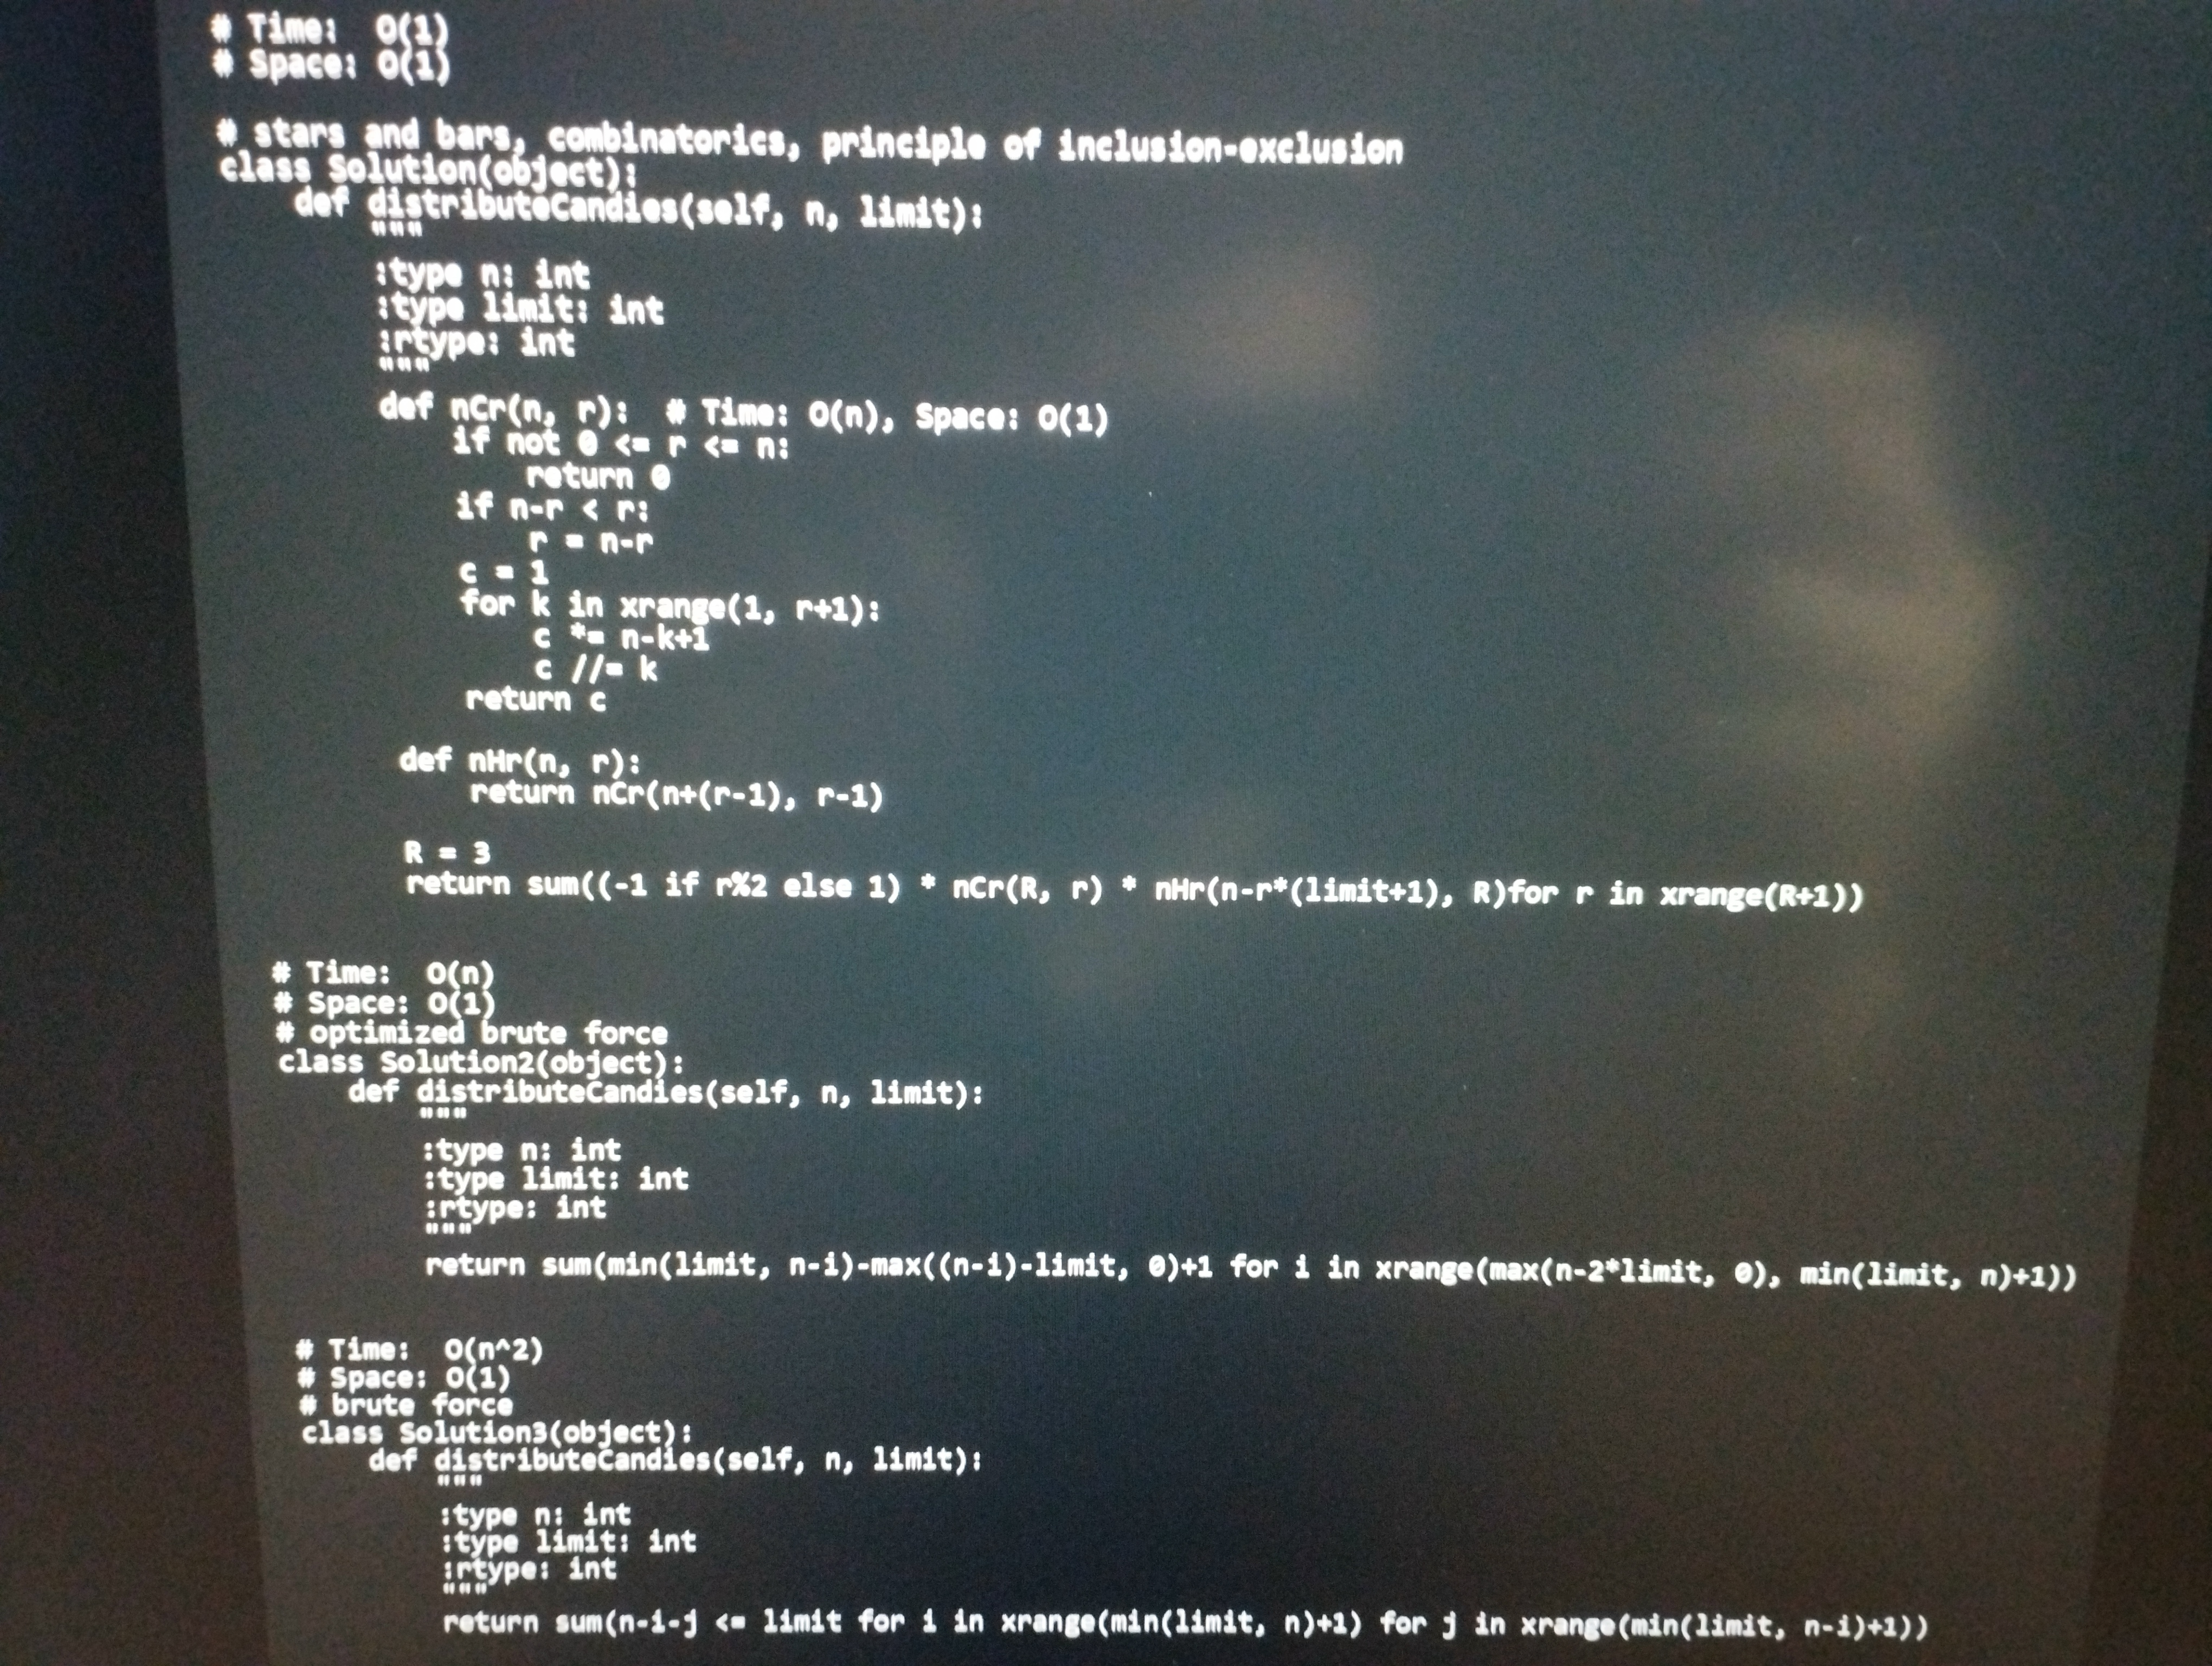
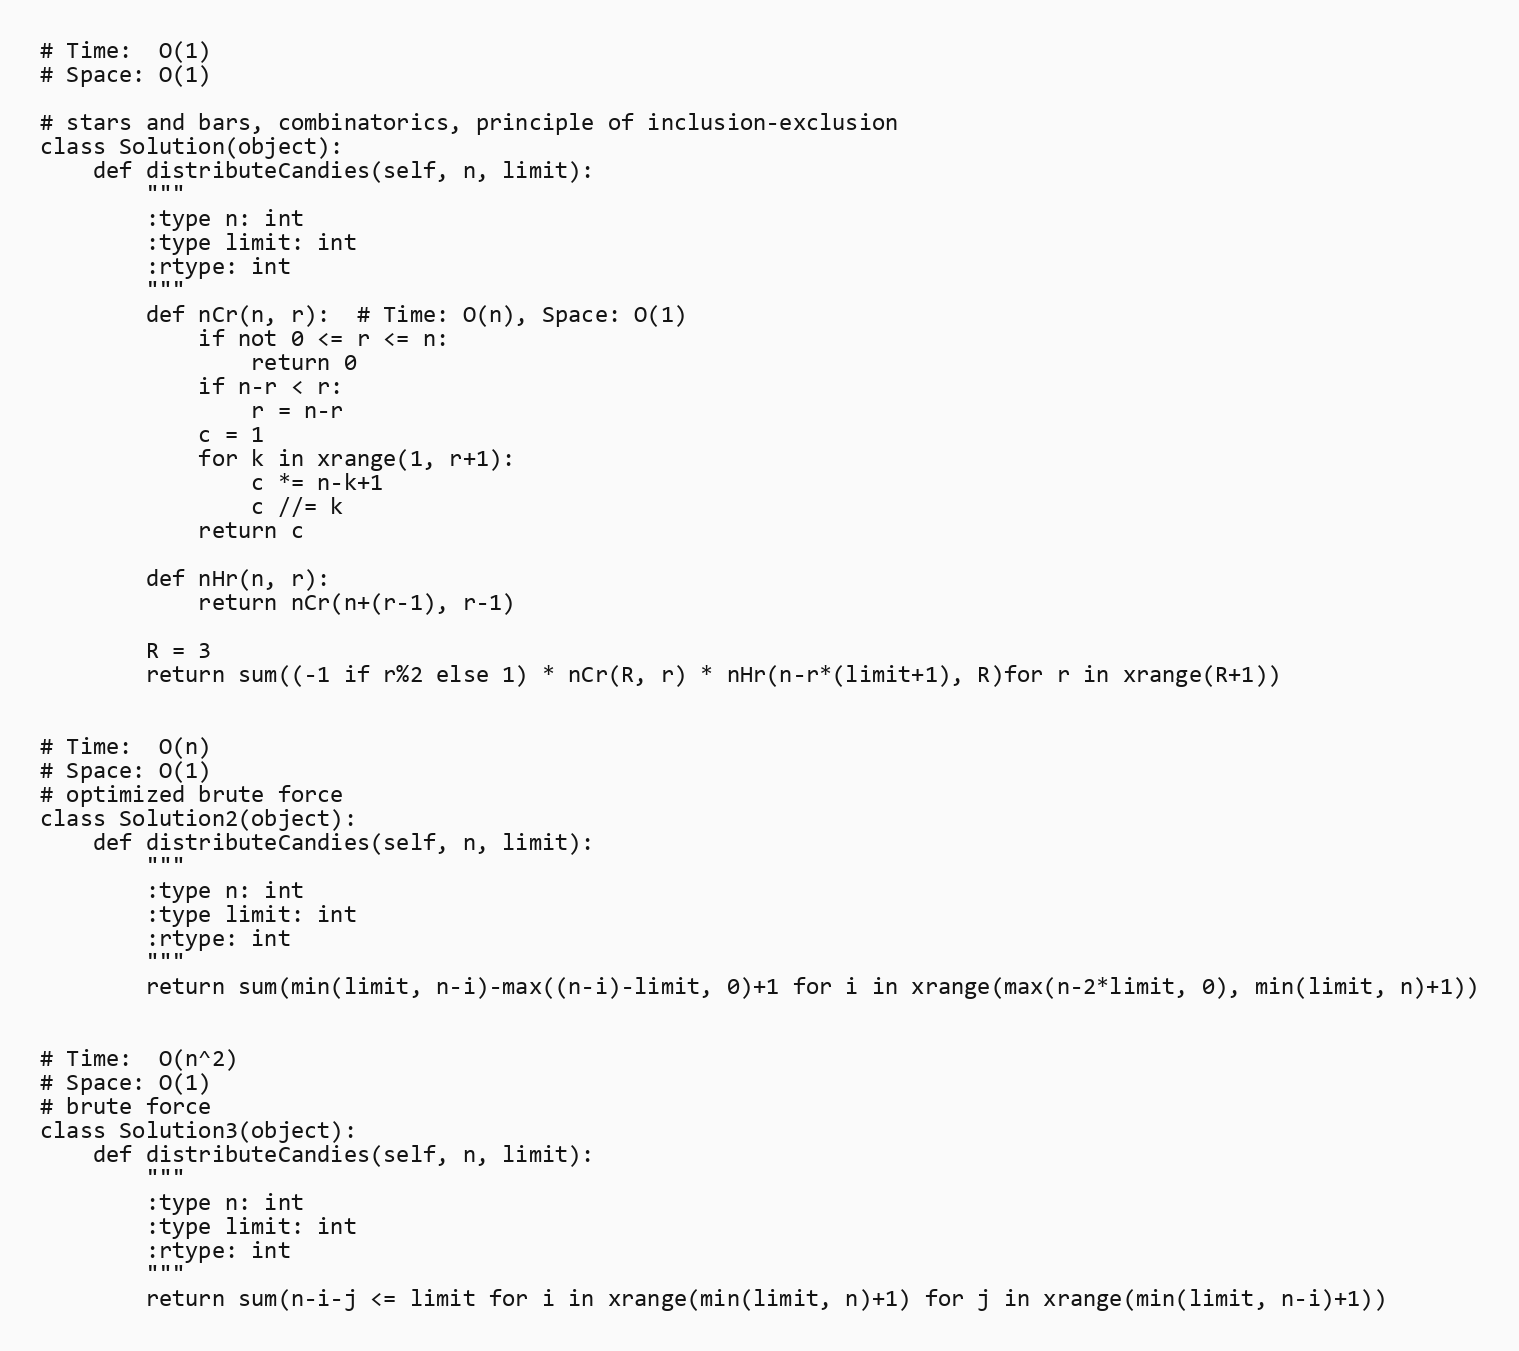
# Time:  O(1)
# Space: O(1)

# stars and bars, combinatorics, principle of inclusion-exclusion
class Solution(object):
    def distributeCandies(self, n, limit):
        """
        :type n: int
        :type limit: int
        :rtype: int
        """
        def nCr(n, r):  # Time: O(n), Space: O(1)
            if not 0 <= r <= n:
                return 0
            if n-r < r:
                r = n-r
            c = 1
            for k in xrange(1, r+1):
                c *= n-k+1
                c //= k
            return c

        def nHr(n, r):
            return nCr(n+(r-1), r-1)

        R = 3
        return sum((-1 if r%2 else 1) * nCr(R, r) * nHr(n-r*(limit+1), R)for r in xrange(R+1))

# Time:  O(n)
# Space: O(1)
# optimized brute force
class Solution2(object):
    def distributeCandies(self, n, limit):
        """
        :type n: int
        :type limit: int
        :rtype: int
        """
        return sum(min(limit, n-i)-max((n-i)-limit, 0)+1 for i in xrange(max(n-2*limit, 0), min(limit, n)+1))

# Time:  O(n^2)
# Space: O(1)
# brute force
class Solution3(object):
    def distributeCandies(self, n, limit):
        """
        :type n: int
        :type limit: int
        :rtype: int
        """
        return sum(n-i-j <= limit for i in xrange(min(limit, n)+1) for j in xrange(min(limit, n-i)+1))